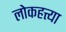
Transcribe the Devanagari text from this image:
लोकहत्त्या